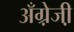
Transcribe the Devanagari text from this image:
अँग्रे़जी़